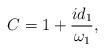
LaTeX: \begin{align*}C=1+\frac{i d_1}{\omega_1}, \end{align*}